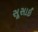
સૂસાઈ